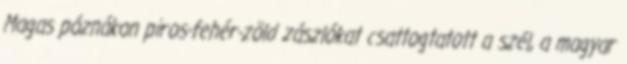
Magas póznákon piros-fehér-zöld zászlókat csattogtatott a szél, a magyar